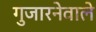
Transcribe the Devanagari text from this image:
गुजारनेवाले